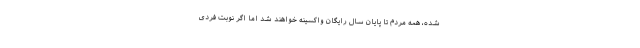
شده، همه مردم تا پایان سال رایگان واکسینه خواهند شد اما اگر نوبت فردی